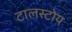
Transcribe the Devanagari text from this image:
टालस्टोय